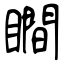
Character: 瞷